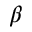
_ \beta